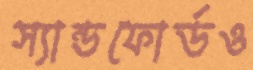
স্যান্ডফোর্ডও